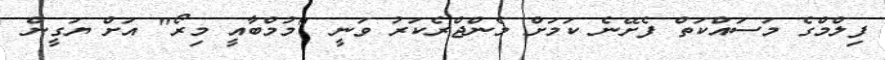
ފިލްމްގެ މަސައްކަތް ފެށޭނެ ކަމަށް މެންޖްރެކަރު ވަނީ "މުމްބާއީ މިރޯ" އަށް ޔަގީން